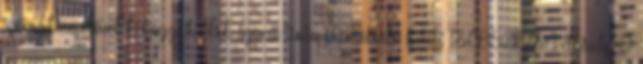
szövegkiemelővel kihúzzuk- kék színű tinta- cserélhető betét: TSC852Kdb=1 dbsúly=0